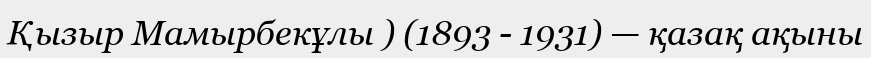
Қызыр Мамырбекұлы ) (1893 - 1931) — қазақ ақыны